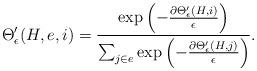
LaTeX: \begin{align*} \Theta'_\epsilon(H, e, i) = \frac{ \exp \left ( - \frac{\partial \Theta'_\epsilon(H, i) }{\epsilon} \right ) }{\sum_{j \in e} \exp \left ( - \frac{\partial \Theta'_\epsilon(H, j)}{\epsilon} \right )}. \end{align*}